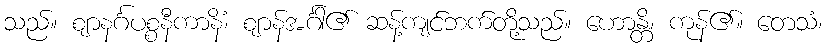
သည်။ ဈာနင်္ဂပစ္စနီကာနိံ၊ ဈာန်အင်္ဂါ၏ ဆန့်ကျင်ဘက်တို့သည်။ ဟောန္တိ၊ ကုန်၏။ တေသံ၊